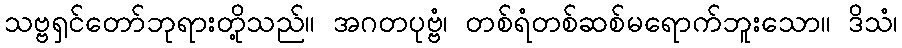
သဗ္ဗရှင်တော်ဘုရားတို့သည်။ အဂတပုဗ္ဗံ၊ တစ်ရံတစ်ဆစ်မရောက်ဘူးသော။ ဒိသံ၊